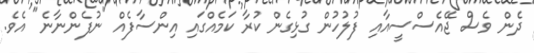
ދެން ވެސް ޖޭއެސްސީއާއި ފުލުހުން ގުޅިގެން ކުރާ ކަމެއްގައި އިންސާފެއް "ނުފެންނާނެ" އެވެ.